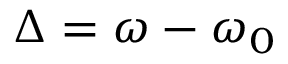
\Delta = \omega - \omega _ { 0 }